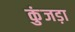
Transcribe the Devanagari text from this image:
कुंजड़ा